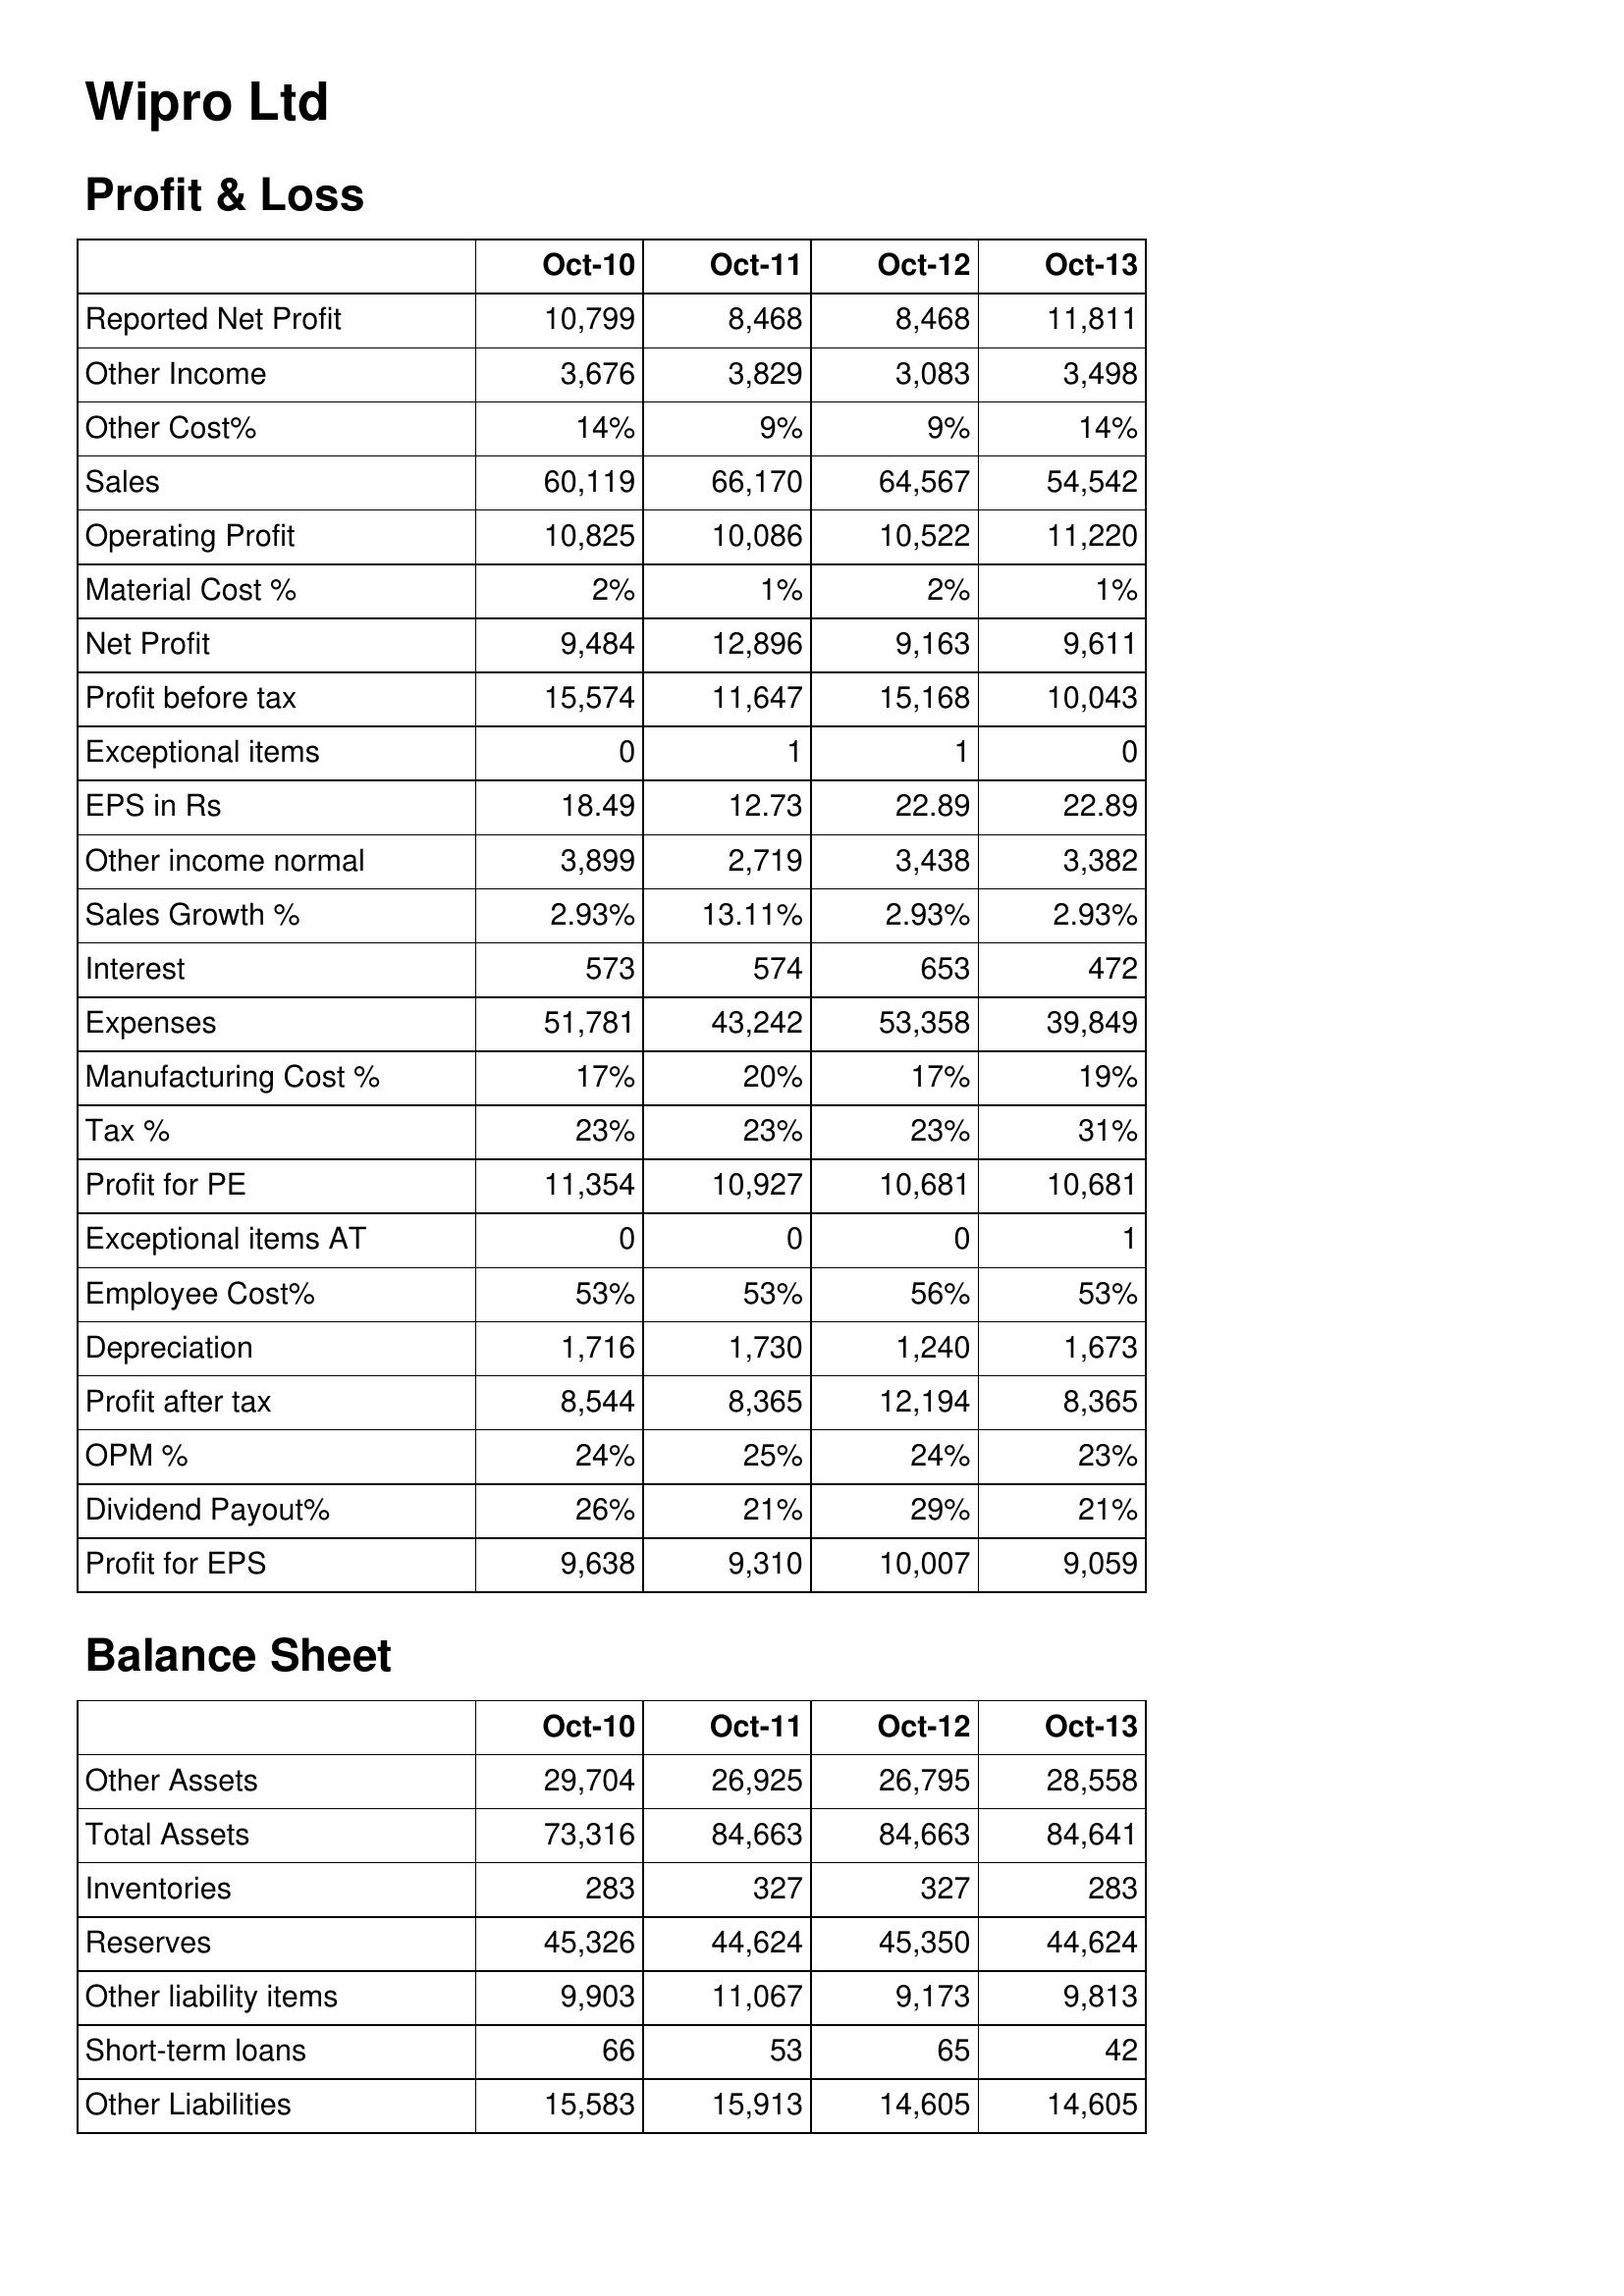
Oct-10: Profit & Loss: Reported Net Profit: 10,799
Other Income: 3,676
Other Cost%: 14%
Sales: 60,119
Operating Profit: 10,825
Material Cost %: 2%
Net Profit: 9,484
Profit before tax: 15,574
Exceptional items: 0
EPS in Rs: 18.49
Other income normal: 3,899
Sales Growth %: 2.93%
Interest: 573
Expenses: 51,781
Manufacturing Cost %: 17%
Tax %: 23%
Profit for PE: 11,354
Exceptional items AT: 0
Employee Cost%: 53%
Depreciation: 1,716
Profit after tax: 8,544
OPM %: 24%
Dividend Payout%: 26%
Profit for EPS: 9,638
Balance Sheet: Other Assets: 29,704
Total Assets: 73,316
Inventories: 283
Reserves: 45,326
Other liability items: 9,903
Short-term loans: 66
Other Liabilities: 15,583
Oct-11: Profit & Loss: Reported Net Profit: 8,468
Other Income: 3,829
Other Cost%: 9%
Sales: 66,170
Operating Profit: 10,086
Material Cost %: 1%
Net Profit: 12,896
Profit before tax: 11,647
Exceptional items: 1
EPS in Rs: 12.73
Other income normal: 2,719
Sales Growth %: 13.11%
Interest: 574
Expenses: 43,242
Manufacturing Cost %: 20%
Tax %: 23%
Profit for PE: 10,927
Exceptional items AT: 0
Employee Cost%: 53%
Depreciation: 1,730
Profit after tax: 8,365
OPM %: 25%
Dividend Payout%: 21%
Profit for EPS: 9,310
Balance Sheet: Other Assets: 26,925
Total Assets: 84,663
Inventories: 327
Reserves: 44,624
Other liability items: 11,067
Short-term loans: 53
Other Liabilities: 15,913
Oct-12: Profit & Loss: Reported Net Profit: 8,468
Other Income: 3,083
Other Cost%: 9%
Sales: 64,567
Operating Profit: 10,522
Material Cost %: 2%
Net Profit: 9,163
Profit before tax: 15,168
Exceptional items: 1
EPS in Rs: 22.89
Other income normal: 3,438
Sales Growth %: 2.93%
Interest: 653
Expenses: 53,358
Manufacturing Cost %: 17%
Tax %: 23%
Profit for PE: 10,681
Exceptional items AT: 0
Employee Cost%: 56%
Depreciation: 1,240
Profit after tax: 12,194
OPM %: 24%
Dividend Payout%: 29%
Profit for EPS: 10,007
Balance Sheet: Other Assets: 26,795
Total Assets: 84,663
Inventories: 327
Reserves: 45,350
Other liability items: 9,173
Short-term loans: 65
Other Liabilities: 14,605
Oct-13: Profit & Loss: Reported Net Profit: 11,811
Other Income: 3,498
Other Cost%: 14%
Sales: 54,542
Operating Profit: 11,220
Material Cost %: 1%
Net Profit: 9,611
Profit before tax: 10,043
Exceptional items: 0
EPS in Rs: 22.89
Other income normal: 3,382
Sales Growth %: 2.93%
Interest: 472
Expenses: 39,849
Manufacturing Cost %: 19%
Tax %: 31%
Profit for PE: 10,681
Exceptional items AT: 1
Employee Cost%: 53%
Depreciation: 1,673
Profit after tax: 8,365
OPM %: 23%
Dividend Payout%: 21%
Profit for EPS: 9,059
Balance Sheet: Other Assets: 28,558
Total Assets: 84,641
Inventories: 283
Reserves: 44,624
Other liability items: 9,813
Short-term loans: 42
Other Liabilities: 14,605